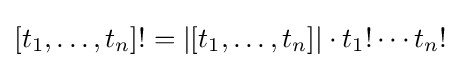
[t_{1},\dots ,t_{n}]!=|[t_{1},\dots ,t_{n}]|\cdot t_{1}!\cdots t_{n}!